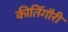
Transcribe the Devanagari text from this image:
कीर्तिगौरी